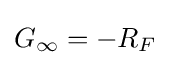
G_{\infty }=-R_{F}\